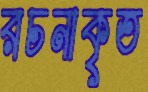
রচনাকৃত